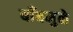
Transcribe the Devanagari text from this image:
बाँबमुळे